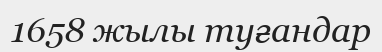
1658 жылы туғандар